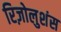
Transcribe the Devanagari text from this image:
रिज़ोलुशंस